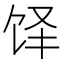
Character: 𬲳